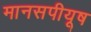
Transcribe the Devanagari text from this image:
मानसपीयूष